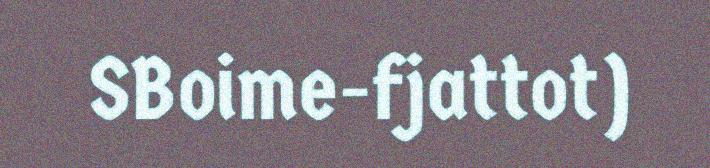
SBoime-fjattot)